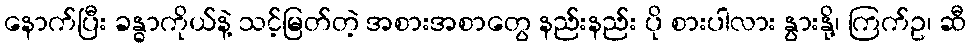
နောက်ပြီး ခန္ဓာကိုယ်နဲ့ သင့်မြတ်တဲ့ အစားအစာတွေ နည်းနည်း ပို စားပါလား နွားနို့၊ ကြက်ဥ၊ ဆီ